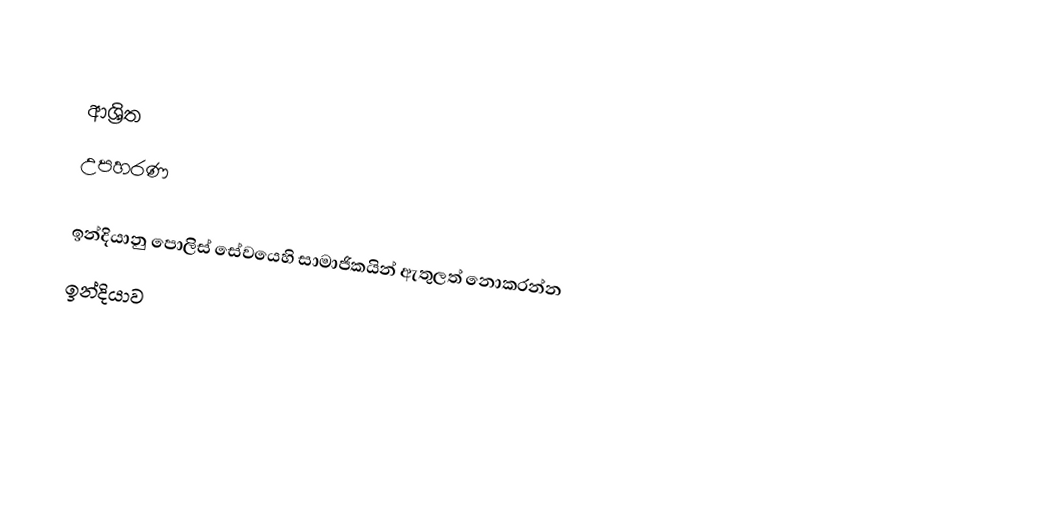

ආශ්‍රිත
උපහරණ

 ඉන්දියානු පොලිස් සේවයෙහි සාමාජිකයින් ඇතුලත් නොකරන්න
ඉන්දියාව